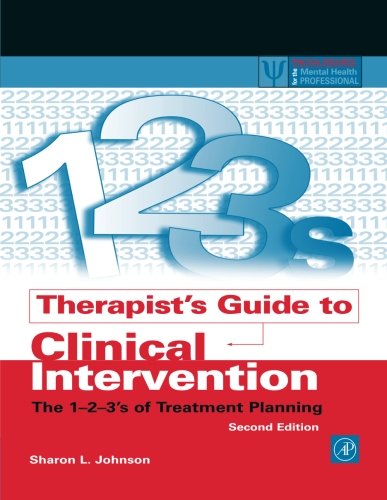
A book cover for Therapist's Guide to Clinical Intervention, Second Edition: The 1-2-3's of Treatment Planning (Practical Resources for the Mental Health Professional); Sharon L. Johnson; Medical Books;